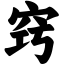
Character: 窍